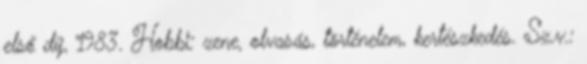
első díj, 1983. Hobbi: zene, olvasás, történelem, kertészkedés. Sz.v.: